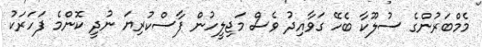
މެމްބަރުންގެ ސުލޫކާ ބެހޭ ގަވާއިދު ވެސް މަޖިލީހުން ފާސްކުރިޔަ ނުދީ ކޮންމެ ފަހަރަކު